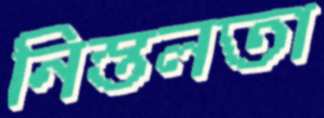
নিস্তলতা